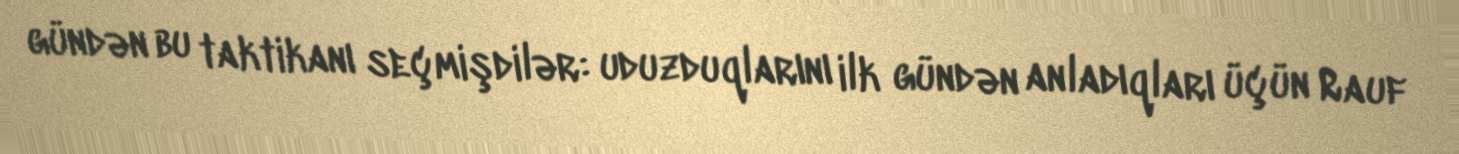
gündən bu taktikanı seçmişdilər: uduzduqlarını ilk gündən anladıqları üçün Rauf